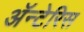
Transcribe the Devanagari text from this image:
अॅन्टेरिस